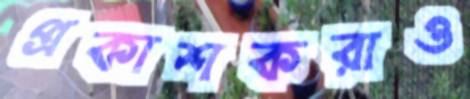
প্রকাশকরাও